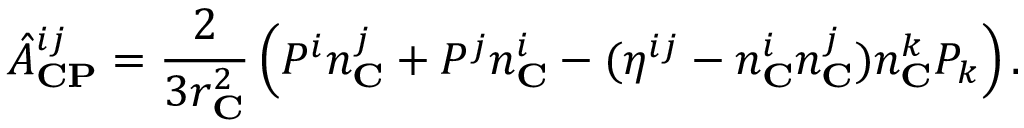
\hat { A } _ { \bf C P } ^ { i j } = \frac { 2 } { 3 r _ { \bf C } ^ { 2 } } \left( P ^ { i } n _ { \bf C } ^ { j } + P ^ { j } n _ { \bf C } ^ { i } - ( \eta ^ { i j } - n _ { \bf C } ^ { i } n _ { \bf C } ^ { j } ) n _ { \bf C } ^ { k } P _ { k } \right) .